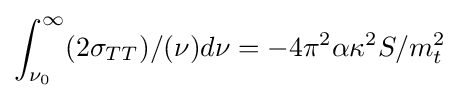
\int _{\nu _{0}}^{\infty }(2\sigma _{TT})/(\nu )d\nu =-4\pi ^{2}\alpha \kappa ^{2}S/m_{t}^{2}